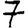
Digit: 7